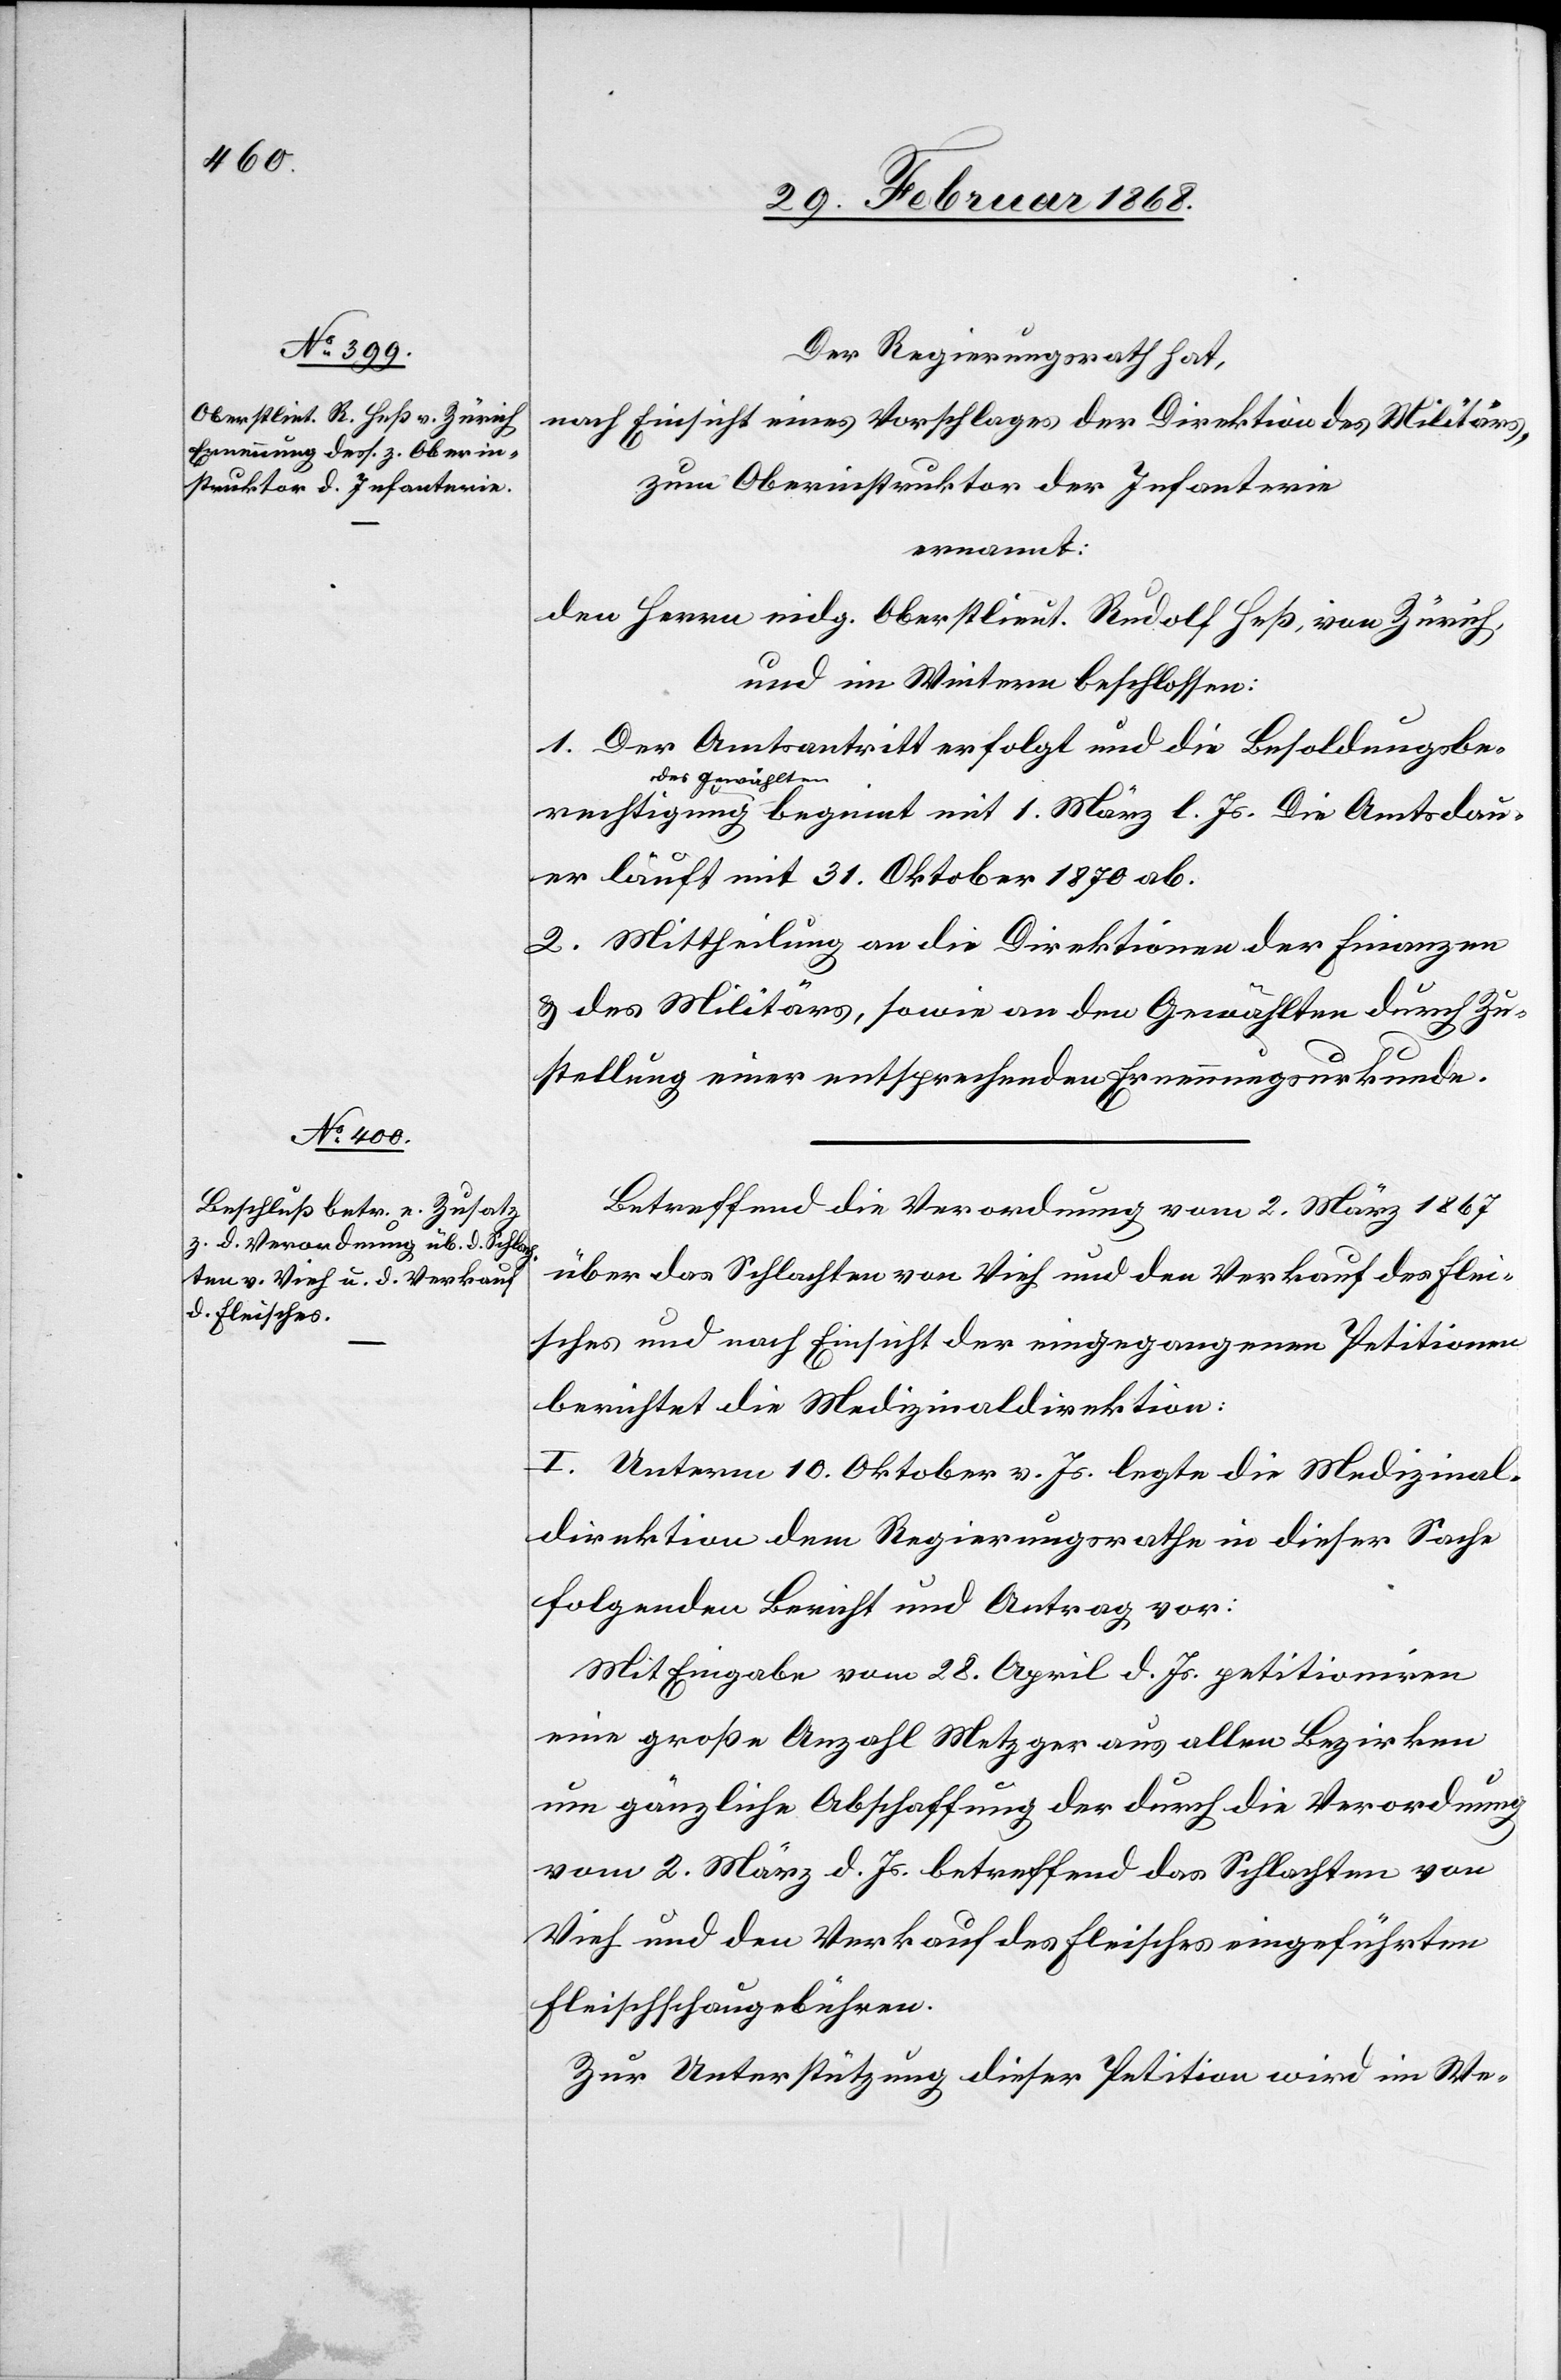
Der Regierungsrath hat,
nach Einsicht eines Vorschlages der Direktion des Militärs,
zum Oberinstruktor der Infanterie
ernannt:
den Herrn eidg. Oberstlieut. Rudolf Heß, von Zürich,
und im Weitern beschlossen:
1. Der Amtsantritt erfolgt und die Besoldungsbe¬
rechtigung des Gewählten beginnt mit 1. März l. Js. Die Amtsdau¬
er läuft mit 31. Oktober 1870 ab.
2. Mittheilung an die Direktionen der Finanzen
& des Militärs, sowie an den Gewählten durch Zu¬
stellung einer entsprechenden Ernennungsurkunde.